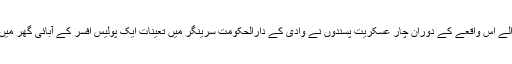
پولیس کے مطابق ہفتے کو پیش آنے والے اس واقعے کے دوران چار عسکریت پسندوں نے وادی کے دارالحکومت سرینگر میں تعینات ایک پولیس افسر کے آبائی گھر میں زبردستی گھس کر توڑ پھوڑ کی تھی۔